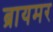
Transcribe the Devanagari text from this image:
ब्रायमर